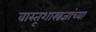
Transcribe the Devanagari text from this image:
वास्तूशास्त्रज्ञांच्या